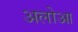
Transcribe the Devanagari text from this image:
अलोआ